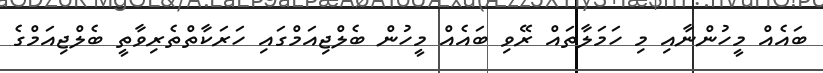
ބައެއް މީހުންނާއި މި ހަމަލާތައް ރޭވި ބައެއް މީހުން ބެލްޖިއަމްގައި ހަރަކާތްތެރިވާތީ ބެލްޖިއަމްގެ